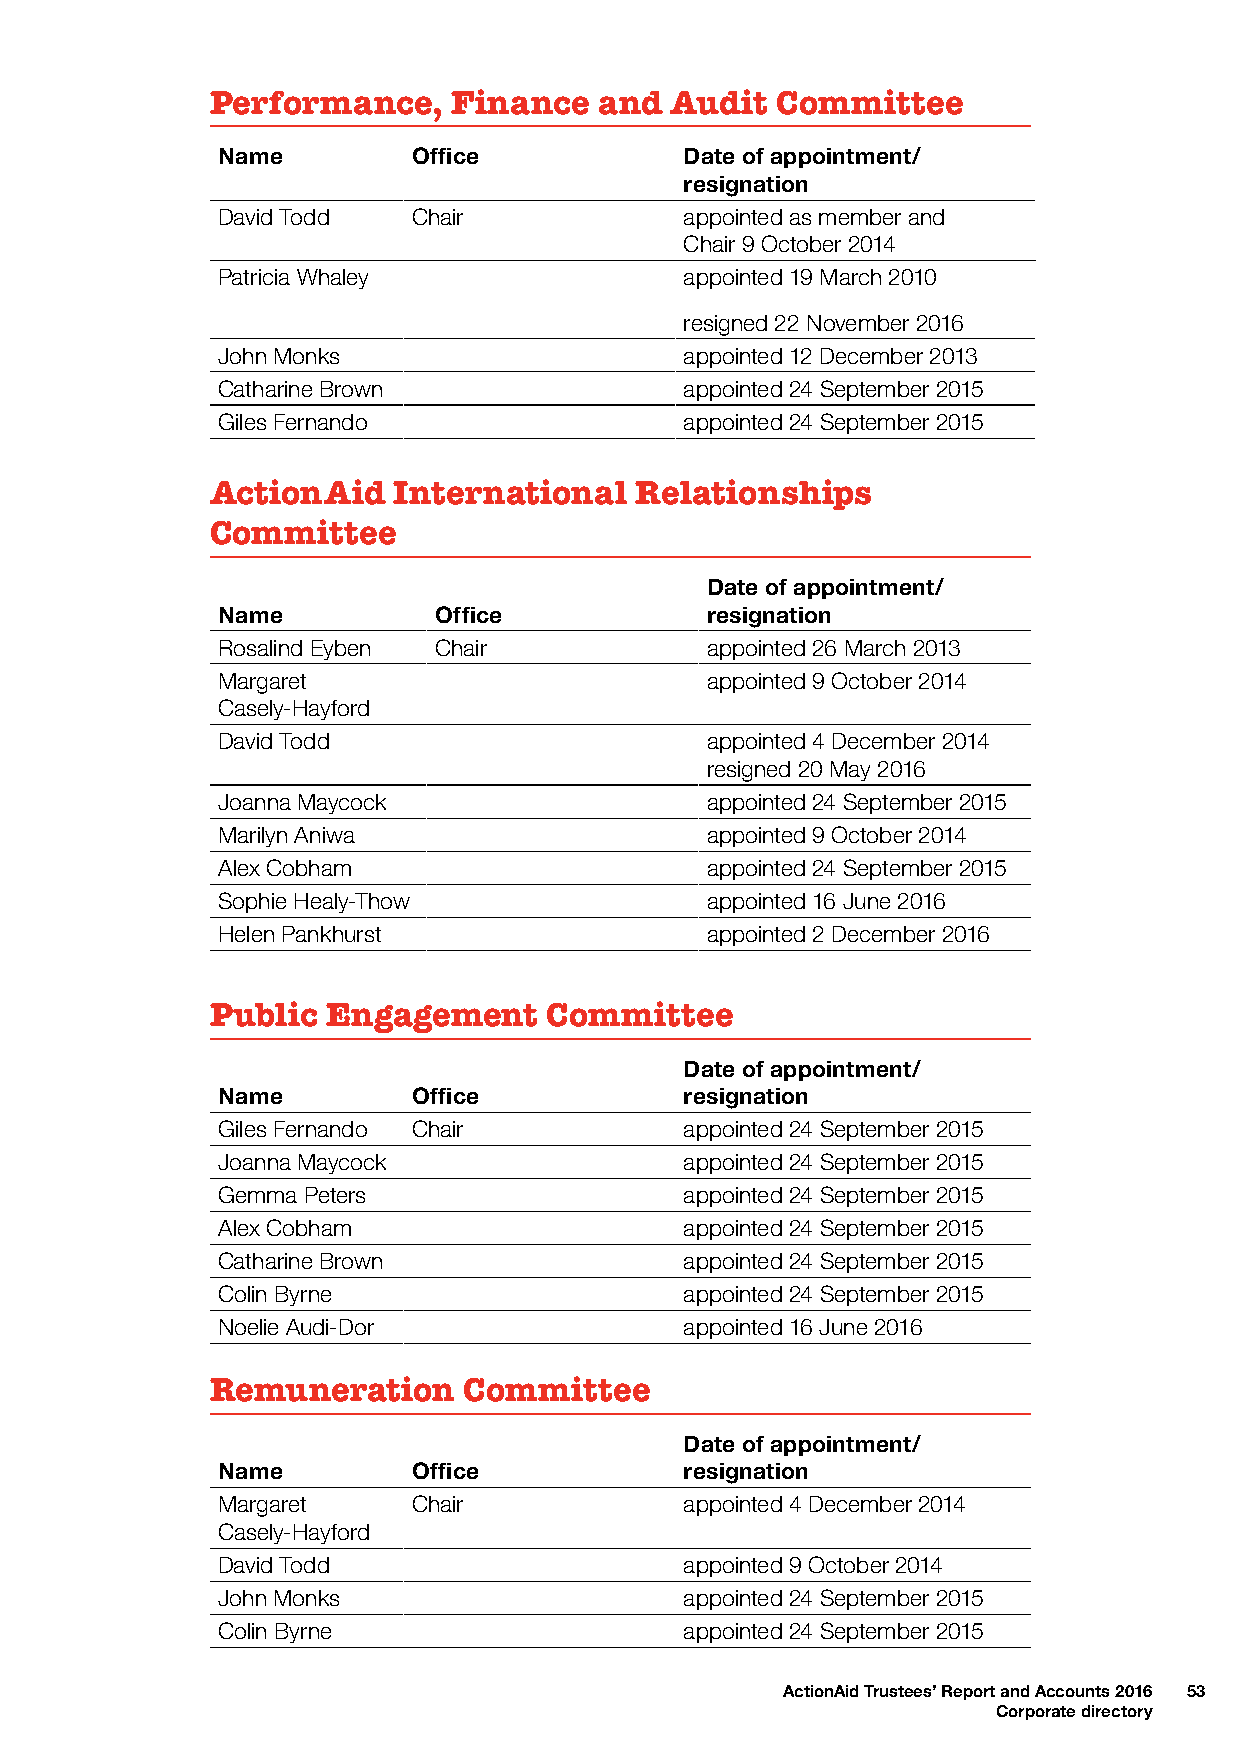
Performance,    Finance   and Audit  Committee
 Name         Office            Date of appointment/
 resignation
 David Todd   Chair             appointed as member and
 Chair 9 October 2014
 Patricia Whaley                appointed 19 March 2010
 resigned 22 November 2016
 John Monks                     appointed 12 December 2013
 Catharine Brown                appointed 24 September 2015
 Giles Fernando                 appointed 24 September 2015
 ActionAid   International   Relationships
 Committee
 Date of appointment/
 Name           Office            resignation
 Rosalind Eyben Chair             appointed 26 March 2013
 Margaret                         appointed 9 October 2014
 Casely-Hayford
 David Todd                       appointed 4 December 2014
 resigned 20 May 2016
 Joanna Maycock                   appointed 24 September 2015
 Marilyn Aniwa                    appointed 9 October 2014
 Alex Cobham                      appointed 24 September 2015
 Sophie Healy-Thow                appointed 16 June 2016
 Helen Pankhurst                  appointed 2 December 2016
 Public  Engagement    Committee
 Date of appointment/
 Name         Office            resignation
 Giles Fernando Chair           appointed 24 September 2015
 Joanna Maycock                 appointed 24 September 2015
 Gemma Peters                   appointed 24 September 2015
 Alex Cobham                    appointed 24 September 2015
 Catharine Brown                appointed 24 September 2015
 Colin Byrne                    appointed 24 September 2015
 Noelie Audi-Dor                appointed 16 June 2016
 Remuneration     Committee
 Date of appointment/
 Name         Office            resignation
 Margaret     Chair             appointed 4 December 2014
 Casely-Hayford
 David Todd                     appointed 9 October 2014
 John Monks                     appointed 24 September 2015
 Colin Byrne                    appointed 24 September 2015
 ActionAid Trustees’ Report and Accounts 2016 53
 Corporate directory